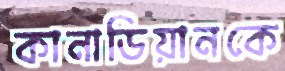
কানাডিয়ানকে